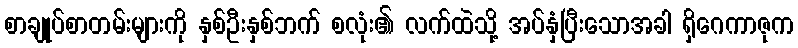
စာချုပ်စာတမ်းများကို နှစ်ဦးနှစ်ဘက် စလုံး၏ လက်ထဲသို့ အပ်နှံပြီးသောအခါ ရှိဂေကာဇုက